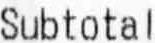
SUBTOTAL